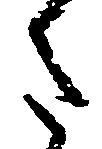
た